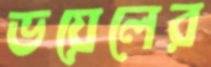
ভয়েলের